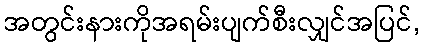
အတွင်းနားကိုအရမ်းပျက်စီးလျှင်အပြင်,